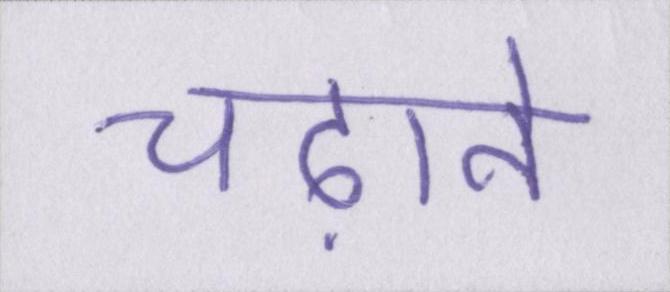
चढ़ाने